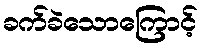
ခက်ခဲသောကြောင့်